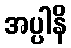
အပ္ပါနိ